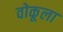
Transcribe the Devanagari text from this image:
वोकूला